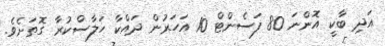
އަދި ބާކީ އޮންނަ 80 ފަސެންޓް 10 އަހަރުން ދައްކާ ހަލާސްކުރާ ގޮތަށެވެ.